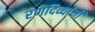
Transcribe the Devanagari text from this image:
रणदिव्यांनी